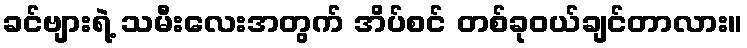
ခင်ဗျားရဲ့ သမီးလေးအတွက် အိပ်စင် တစ်ခုဝယ်ချင်တာလား။